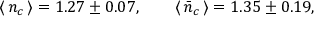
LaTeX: \langle \, n _ { c } \, \rangle = 1 . 2 7 \pm 0 . 0 7 , \qquad \langle \, \bar { n } _ { c } \, \rangle = 1 . 3 5 \pm 0 . 1 9 ,